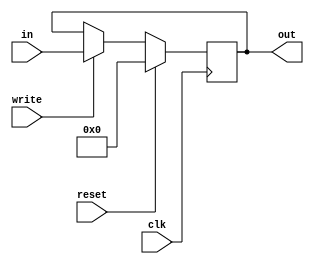
`timescale 1ns / 1ps

module holding_register(
    input reset, clk, write,
    input [31:0] in,
    output [31:0] out
);
    reg [31:0] content;
    assign out = content;
    always @(posedge clk) begin
        if (reset==1) content <= 32'b0;
        else if (write==1) content <= in;
    end

endmodule